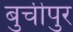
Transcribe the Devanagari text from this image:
बुचीपुर